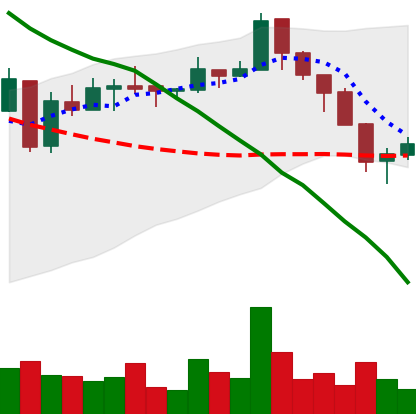
Ticker: ETC-USD
Chart end date: 2018-05-13
Forward return: -3.898%
Label: down_3_5